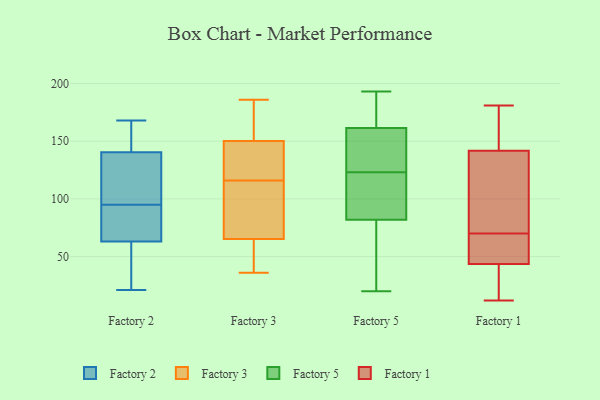
{"axis": {"x": "Website Visitors", "y": "Value"}, "legend": ["Factory 1", "Factory 2", "Factory 3", "Factory 5"], "data": [{"x": "", "y": 96, "type": "Factory 2"}, {"x": "", "y": 21, "type": "Factory 2"}, {"x": "", "y": 36, "type": "Factory 2"}, {"x": "", "y": 94, "type": "Factory 2"}, {"x": "", "y": 41, "type": "Factory 2"}, {"x": "", "y": 50, "type": "Factory 2"}, {"x": "", "y": 143, "type": "Factory 2"}, {"x": "", "y": 84, "type": "Factory 2"}, {"x": "", "y": 168, "type": "Factory 2"}, {"x": "", "y": 149, "type": "Factory 2"}, {"x": "", "y": 159, "type": "Factory 2"}, {"x": "", "y": 76, "type": "Factory 2"}, {"x": "", "y": 138, "type": "Factory 2"}, {"x": "", "y": 97, "type": "Factory 2"}, {"x": "", "y": 134, "type": "Factory 2"}, {"x": "", "y": 83, "type": "Factory 2"}, {"x": "", "y": 132, "type": "Factory 3"}, {"x": "", "y": 166, "type": "Factory 3"}, {"x": "", "y": 183, "type": "Factory 3"}, {"x": "", "y": 116, "type": "Factory 3"}, {"x": "", "y": 51, "type": "Factory 3"}, {"x": "", "y": 36, "type": "Factory 3"}, {"x": "", "y": 40, "type": "Factory 3"}, {"x": "", "y": 110, "type": "Factory 3"}, {"x": "", "y": 145, "type": "Factory 3"}, {"x": "", "y": 70, "type": "Factory 3"}, {"x": "", "y": 127, "type": "Factory 3"}, {"x": "", "y": 81, "type": "Factory 3"}, {"x": "", "y": 186, "type": "Factory 3"}, {"x": "", "y": 40, "type": "Factory 5"}, {"x": "", "y": 116, "type": "Factory 5"}, {"x": "", "y": 100, "type": "Factory 5"}, {"x": "", "y": 28, "type": "Factory 5"}, {"x": "", "y": 20, "type": "Factory 5"}, {"x": "", "y": 187, "type": "Factory 5"}, {"x": "", "y": 118, "type": "Factory 5"}, {"x": "", "y": 170, "type": "Factory 5"}, {"x": "", "y": 25, "type": "Factory 5"}, {"x": "", "y": 94, "type": "Factory 5"}, {"x": "", "y": 147, "type": "Factory 5"}, {"x": "", "y": 193, "type": "Factory 5"}, {"x": "", "y": 160, "type": "Factory 5"}, {"x": "", "y": 123, "type": "Factory 5"}, {"x": "", "y": 162, "type": "Factory 5"}, {"x": "", "y": 176, "type": "Factory 5"}, {"x": "", "y": 137, "type": "Factory 5"}, {"x": "", "y": 78, "type": "Factory 5"}, {"x": "", "y": 138, "type": "Factory 5"}, {"x": "", "y": 108, "type": "Factory 1"}, {"x": "", "y": 28, "type": "Factory 1"}, {"x": "", "y": 169, "type": "Factory 1"}, {"x": "", "y": 61, "type": "Factory 1"}, {"x": "", "y": 70, "type": "Factory 1"}, {"x": "", "y": 147, "type": "Factory 1"}, {"x": "", "y": 113, "type": "Factory 1"}, {"x": "", "y": 33, "type": "Factory 1"}, {"x": "", "y": 12, "type": "Factory 1"}, {"x": "", "y": 52, "type": "Factory 1"}, {"x": "", "y": 110, "type": "Factory 1"}, {"x": "", "y": 20, "type": "Factory 1"}, {"x": "", "y": 181, "type": "Factory 1"}, {"x": "", "y": 47, "type": "Factory 1"}, {"x": "", "y": 140, "type": "Factory 1"}, {"x": "", "y": 63, "type": "Factory 1"}, {"x": "", "y": 154, "type": "Factory 1"}]}